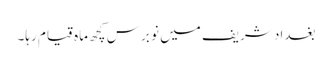
بغداد شریف میں نو برس کچھ ماہ قیام رہا۔